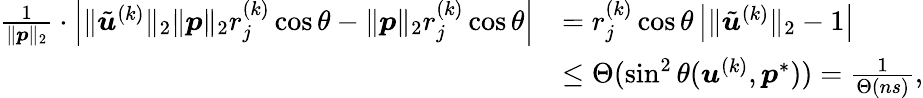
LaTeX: \begin{array}{rl}{\frac{1}{\| {\boldsymbol p}\| _{2}}\cdot\left|\| \tilde{{\boldsymbol u}}^{(k)}\| _{2}\| {\boldsymbol p}\| _{2}r_{j}^{(k)}\cos\theta-\| {\boldsymbol p}\| _{2}r_{j}^{(k)}\cos\theta\right|}&{=r_{j}^{(k)}\cos\theta\left|\| \tilde{{\boldsymbol u}}^{(k)}\| _{2}-1\right|}\\ &{\leq\Theta(\sin^{2}\theta({\boldsymbol u}^{(k)},{\boldsymbol p}^{*}))=\frac{1}{\Theta\left({ns}\right)},}\end{array}